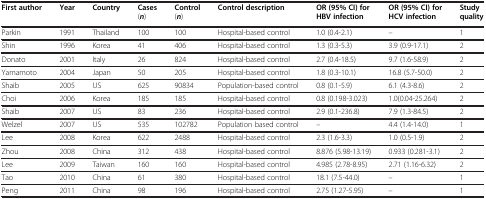
| First author | Year | Country | Cases(n) | Control(n) | Control description | OR (95% CI) for HBV infection | OR (95% CI) for HCV infection | Study quality |
 | --- | --- | --- | --- | --- | --- | --- | --- | --- |
 | Parkin | 1991 | Thailand | 100 | 100 | Hospital-based control | 1.0 (0.4-2.1) | – | 1 |
 | Shin | 1996 | Korea | 41 | 406 | Hospital-based control | 1.3 (0.3-5.3) | 3.9 (0.9-17.1) | 2 |
 | Donato | 2001 | Italy | 26 | 824 | Hospital-based control | 2.7 (0.4-18.5) | 9.7 (1.6-58.9) | 2 |
 | Yamamoto | 2004 | Japan | 50 | 205 | Hospital-based control | 1.8 (0.3-10.1) | 16.8 (5.7-50.0) | 2 |
 | Shaib | 2005 | US | 625 | 90834 | Population-based control | 0.8 (0.1-5.9) | 6.1 (4.3-8.6) | 2 |
 | Choi | 2006 | Korea | 185 | 185 | Hospital-based control | 0.8 (0.198-3.023) | 1.0(0.04-25.264) | 2 |
 | Shaib | 2007 | US | 83 | 236 | Hospital-based control | 2.9 (0.1-236.8) | 7.9 (1.3-84.5) | 2 |
 | Welzel | 2007 | US | 535 | 102782 | Population based control | – | 4.4 (1.4-14.0) | 1 |
 | Lee | 2008 | Korea | 622 | 2488 | Hospital-based control | 2.3 (1.6-3.3) | 1.0 (0.5-1.9) | 2 |
 | Zhou | 2008 | China | 312 | 438 | Hospital-based control | 8.876 (5.98-13.19) | 0.933 (0.281-3.1) | 2 |
 | Lee | 2009 | Taiwan | 160 | 160 | Hospital-based control | 4.985 (2.78-8.95) | 2.71 (1.16-6.32) | 2 |
 | Tao | 2010 | China | 61 | 380 | Hospital-based control | 18.1 (7.5-44.0) | – | 1 |
 | Peng | 2011 | China | 98 | 196 | Hospital-based control | 2.75 (1.27-5.95) | – | 1 |